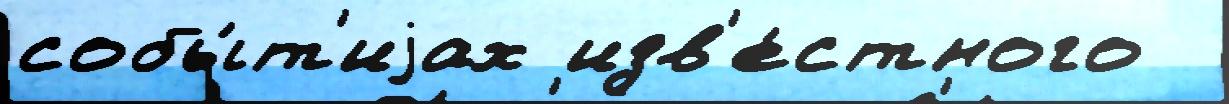
собы́т'иjах изв'е́стного